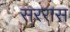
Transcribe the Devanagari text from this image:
सररास